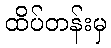
ထိပ်တန်းမှ